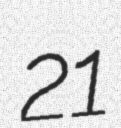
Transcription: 21